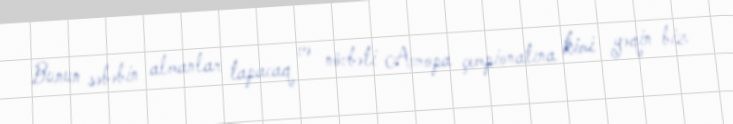
Bunun səbəbin almanlar tapacaq və növbəti Avropa çempionatına kimi yəqin biz